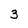
Character: 3